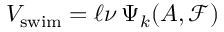
V _ { \mathrm { s w i m } } = \ell \nu \, \Psi _ { k } ( A , \mathcal { F } )